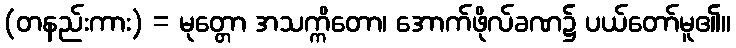
(တနည်းကား) = မုတ္တော အသက္ကိတော၊ အောက်ဖိုလ်ခဏ၌ ပယ်တော်မူ၏။